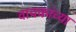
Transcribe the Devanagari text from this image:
वाचकांच्‍या